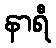
နာရီ